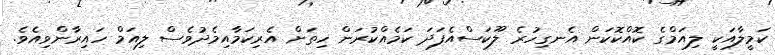
ކަމީލާއަކީ ލިއަމްގެ ކޮއްކޮކަން އެނގިހުރެ ލޫކަސްއެފަދަ ކަމެއްކުރަން ހިތަށް އެރިކަމާއިމެދުވެސް ލިއަމް ހައިރާންވިއެވެ.